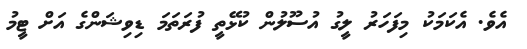
އެވެ. އެކަމަކު މިފަހަރު ލީގު އުސޫލުން ކުޅޭތީ ފުރަތަމަ ޑިވިޝަންގެ އަށް ޓީމު